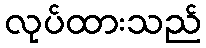
လုပ်ထားသည်